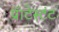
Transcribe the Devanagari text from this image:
प्रॅाटेस्टंट